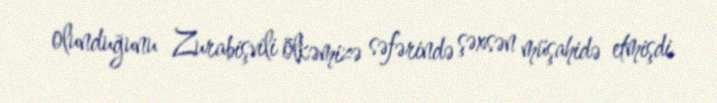
olunduğunu Zurabişvili ölkəmizə səfərində şəxsən müşahidə etmişdi.